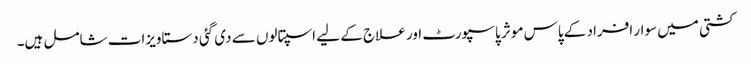
کشتی میں سوار افراد کے پاس موثر پاسپورٹ اور علاج کے لیے اسپتالوں سے دی گئی دستاویزات شامل ہیں۔